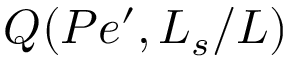
Q ( P e ^ { \prime } , L _ { s } / L )